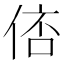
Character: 𠊑